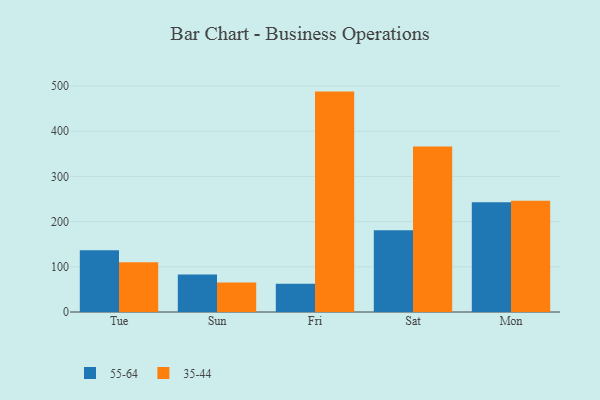
{"axis": {"x": "Day", "y": "Waste Production (Tons)"}, "legend": ["35-44", "55-64"], "data": [{"x": "Tue", "y": 136.4, "type": "55-64"}, {"x": "Tue", "y": 110.1, "type": "35-44"}, {"x": "Sun", "y": 83.2, "type": "55-64"}, {"x": "Sun", "y": 65.5, "type": "35-44"}, {"x": "Fri", "y": 62.7, "type": "55-64"}, {"x": "Fri", "y": 487.7, "type": "35-44"}, {"x": "Sat", "y": 181.1, "type": "55-64"}, {"x": "Sat", "y": 366.4, "type": "35-44"}, {"x": "Mon", "y": 242.8, "type": "55-64"}, {"x": "Mon", "y": 246.1, "type": "35-44"}]}